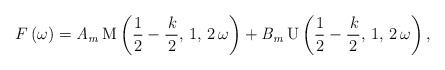
LaTeX: \begin{align*}F\left( \omega \right) =\mathit{A}_{\mathit{m}}\,{\mathrm{M}\left( \frac{1}{2}-\frac{\,k}{2},\,1,\,2\,\omega \right) }+\mathit{B}_{\mathit{m}}\,{\mathrm{U}\left( \frac{1}{2}-\frac{\,k}{2},\,1,\,2\,\omega \right) ,} \end{align*}